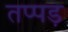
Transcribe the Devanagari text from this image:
तप्पड़